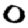
Digit: 0